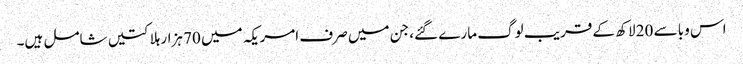
اس وبا سے 20 لاکھ کے قریب لوگ مارے گئے، جن میں صرف امریکہ میں 70 ہزار ہلاکتیں شامل ہیں۔